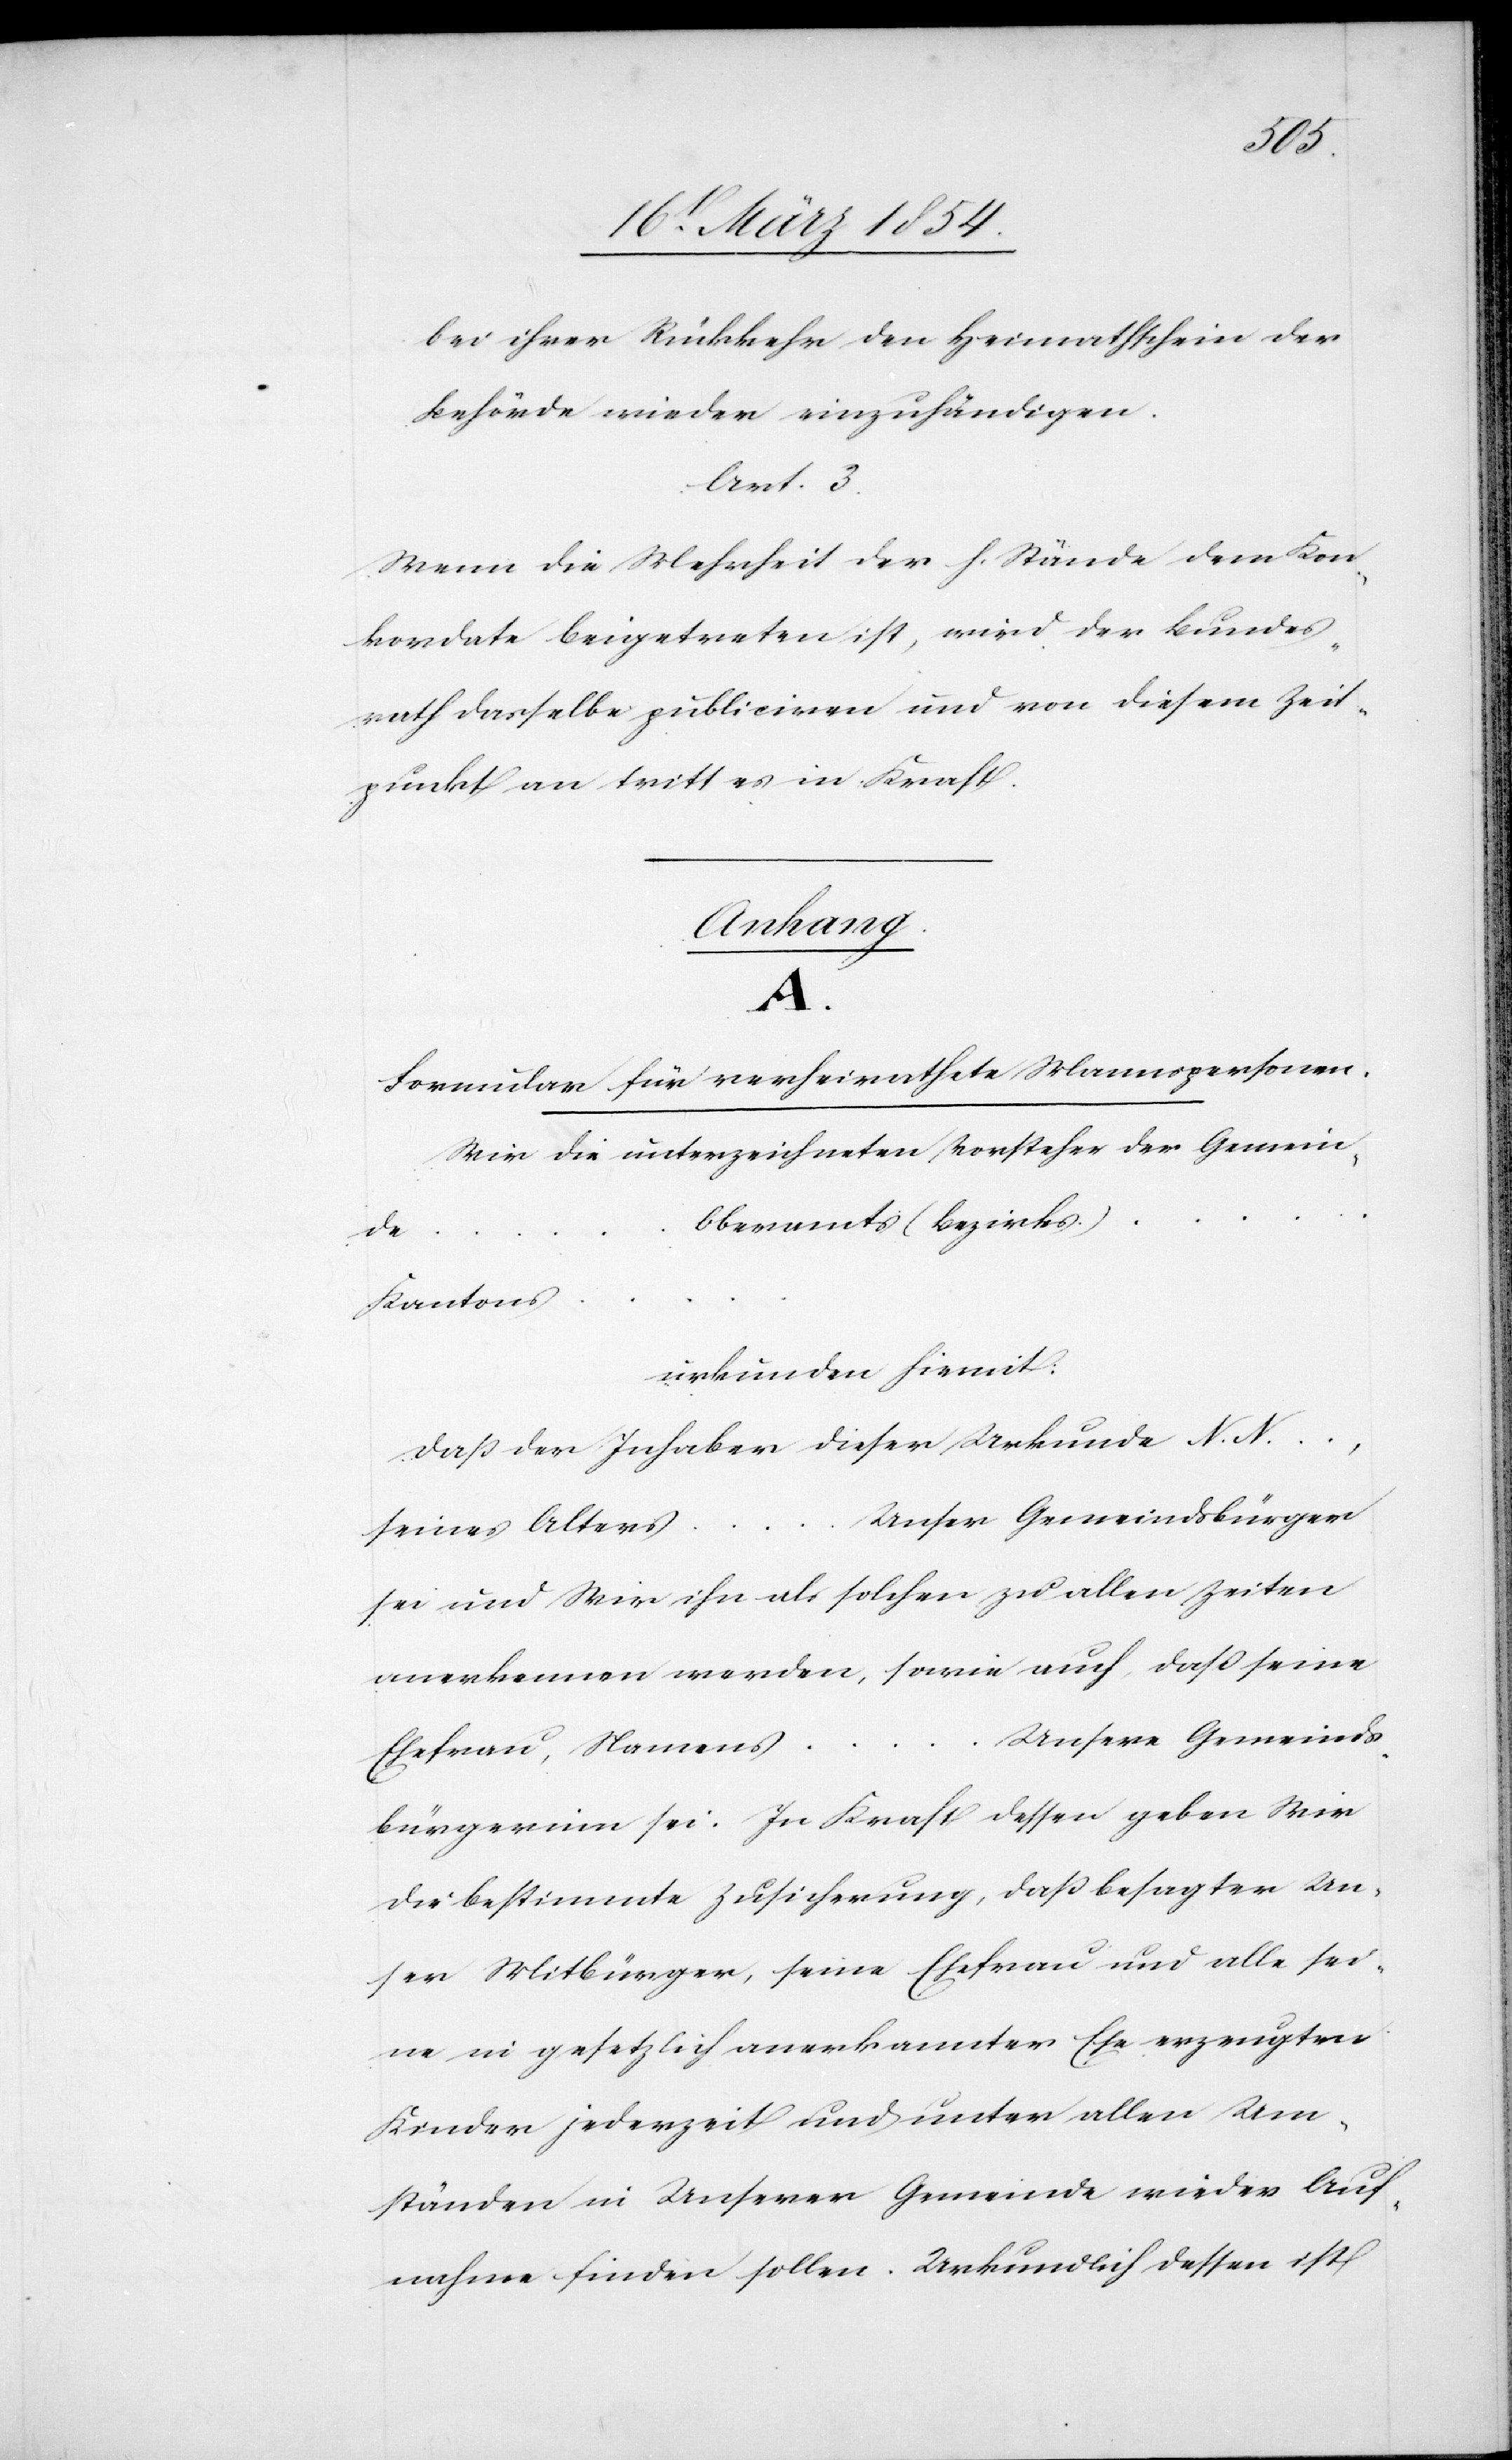
…
bei ihrer Rückkehr den Heimathschein der
Behörde wieder einzuhändigen.
Art. 3.
Wenn die Mehrheit der h. Stände dem Kon¬
kordate beigetreten ist, wird der Bundes¬
rath dasselbe publiciren und von diesem Zeit¬
punkt an tritt es in Kraft.
Anhang.
A.
Formular für verheirathete Mannspersonen.
Wir die unterzeichneten Vorsteher der Gemein¬
Oberamts (Bezirks)
…
Kantons
urkunden hiemit:
daß der Inhaber dieser Urkunde N. N.
Unser Gemeindsbürger
seines Alters
sei und Wir ihn als solchen zu allen Zeiten
anerkennen werden, sowie auch, daß seine
Unserere Gemeinds¬
Ehefrau, Namens
bürgerinn sei. In Kraft dessen geben Wir
die bestimmte Zusicherung, daß besagter Un¬
ser Mitbürger, seine Ehefrau und alle sei¬
ne in gesetzlich anerkannter Ehe erzeugten
Kinder jederzeit und unter allen Um¬
ständen in Unserer Gemeinde wieder Auf¬
nahme finden sollen. Urkundlich dessen ist